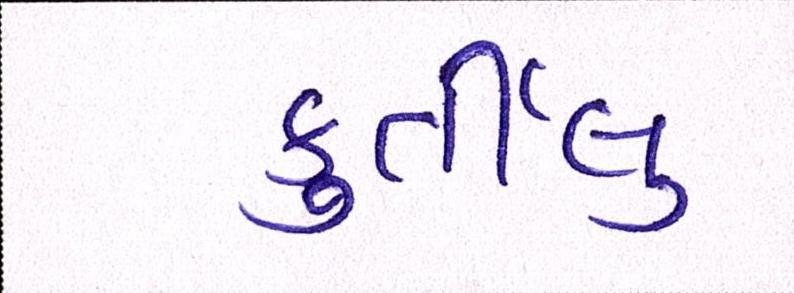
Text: ફુર્તીલુ